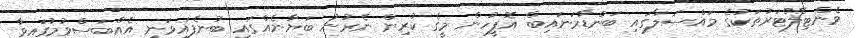
ވެންޓިލޭޓަރުތަކުގެ މައްސަލާގައި ބަންޑާރަނައިބް އޮފީހުން މީގެ ކުރިން ނެރުނު ބަޔާނެއްގައި ބުނެފައިވަނީ އެއްބަސްވުމުގައިވާ